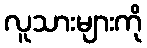
လူသားများကို